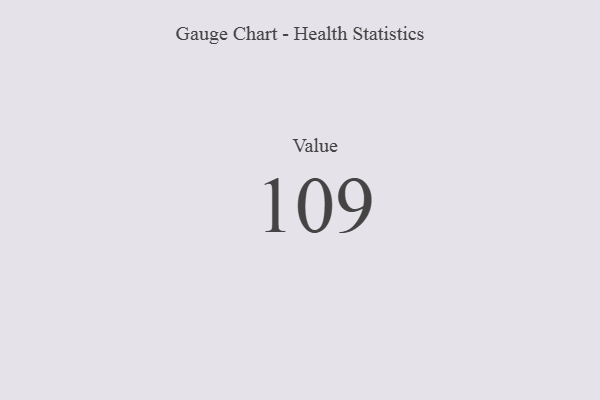
{"axis": {"x": "Metric", "y": "Value"}, "legend": [""], "data": [{"x": "Value", "y": 109, "type": ""}]}